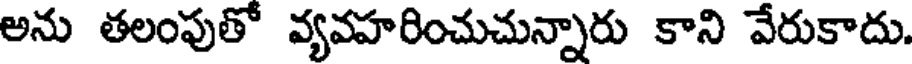
అను తలంపుతో వ్యవహరించుచున్నారు కాని వేరుకాదు.